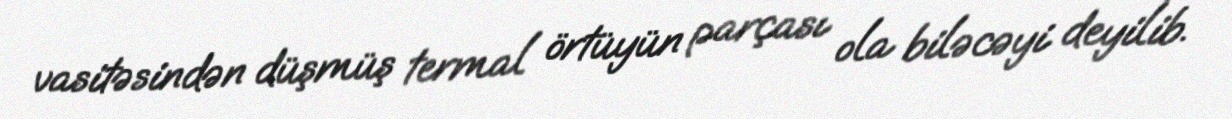
vasitəsindən düşmüş termal örtüyün parçası ola biləcəyi deyilib.